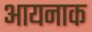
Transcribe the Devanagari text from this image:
आयनाक